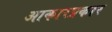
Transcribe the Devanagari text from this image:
आकारप्रकार